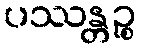
ပဿန္တဉ္စ